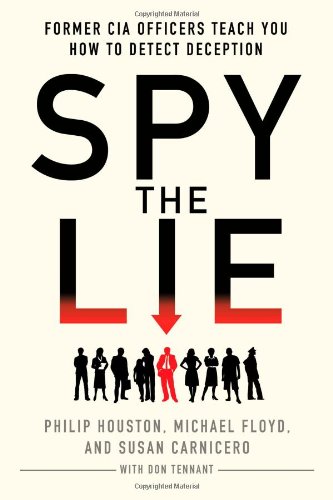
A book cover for Spy the Lie: Former CIA Officers Teach You How to Detect Deception; Philip Houston; Health, Fitness & Dieting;